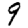
Digit: 9